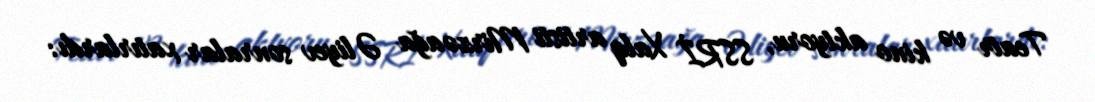
Teatr və kino aktyoru, SSRİ Xalq artisti Mirzəağa Əliyev sonralar xatırlardı: